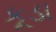
કૂડા